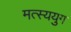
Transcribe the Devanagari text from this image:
मत्स्ययुग